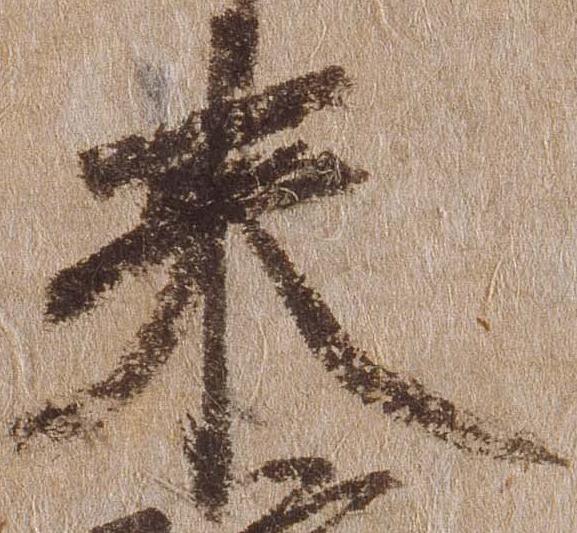
来